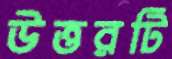
উত্তরটি